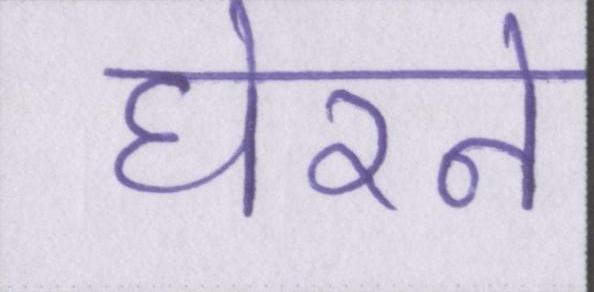
घेरने